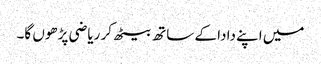
میں اپنے دادا کے ساتھ بیٹھ کر ریاضی پڑھوں گا۔